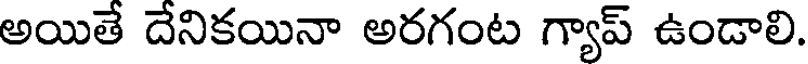
అయితే దేనికయినా అరగంట గ్యాప్ ఉండాలి.